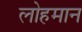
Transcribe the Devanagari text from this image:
लोहमान